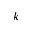
k